Civil Veterinary Dept. Assam report 1927-50 - 1927-1950
Year: 1927
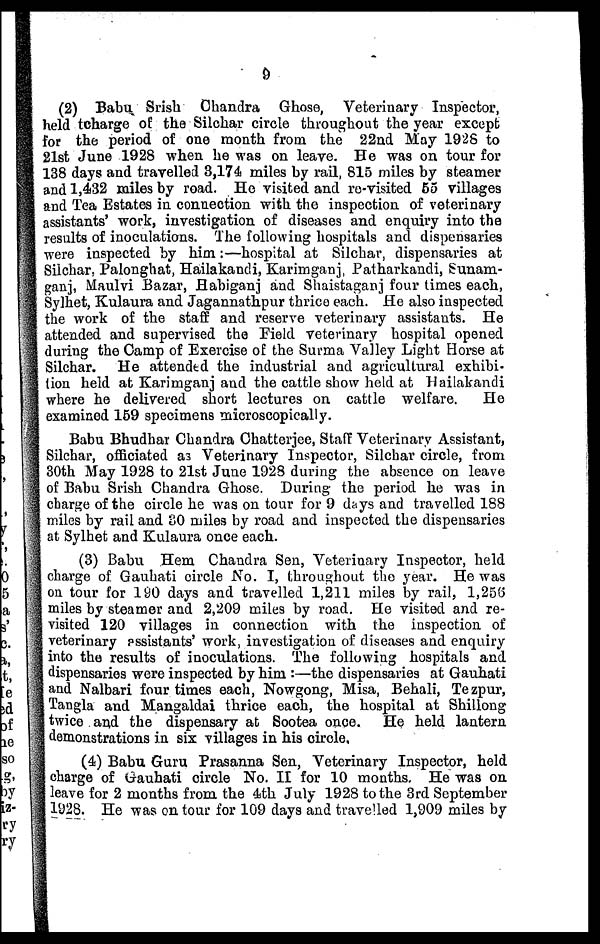
9
(2) Babu Srish Chandra Ghose, Veterinary Inspector,
held tcharge of the Silchar circle throughout the year except
for the period of one month from the 22nd May 1928 to
21st June 1928 when he was on leave. He was on tour for
138 days and travelled 3,174 miles by rail, 815 miles by steamer
and 1,432 miles by road. He visited and re-visited 55 villages
and Tea Estates in connection with the inspection of veterinary
assistants' work, investigation of diseases and enquiry into the
results of inoculations. The following hospitals and dispensaries
were inspected by him:—hospital at Silchar, dispensaries at
Silchar. Palonghat, Hailakandi, Karimganj, Patharkandi, Sunani-
ganj, Maulvi Bazar, Habiganj and Shaistaganj four times each,
Sylhet, Kulaura and Jagannathpur thrice each. He also inspected
the work of the staff and reserve veterinary assistants. He
attended and supervised the Field veterinary hospital opened
during the Camp of Exercise of the Surma Valley Light Horse at
Silchar. He attended the industrial and agricultural exhibi-
tion held at Karimganj and the cattle show held at Hailakandi
where he delivered short lectures on cattle welfare.
He
examined 159 specimens microscopically.
Babu Bhudhar Chandra Chatterjee, Staff Veterinary Assistant,
Silchar, officiated as Veterinary Inspector, Silchar circle, from
30th May 1928 to 21st June 1928 during the absence on leave
of Babu Srish Chandra Ghose. During the period he was in
charge of the circle he was on tour for 9 days and travelled 188
miles by rail and 30 miles by road and inspected the dispensaries
at Sylhet and Kulaura once each.
(3) Babu Hem Chandra Sen, Veterinary Inspector, held
charge of Gauhati circle No. I, throughout the year. He was
on tour for 190 days and travelled 1,211 miles by rail, 1,256
miles by steamer and 2,209 miles by road. He visited and re-
visited 120 villages in connection with the inspection of
veterinary assistants' work, investigation of diseases and enquiry
into the results of inoculations. The following hospitals and
dispensaries were inspected by him :—the dispensaries at Gauhati
and Nalbari four times each, Nowgong, Misa, Behali, Tezpur,
Tangla and Mangaldai thrice each, the hospital at Shillong
twice and the dispensary at Sootea once. He held lantern
demonstrations in six villages in his circle,
(4) Babu Guru Prasanna Sen, Veterinary Inspector, held
charge of Gauhati circle No. II for 10 months. He was on
leave for 2 months from the 4th July 1928 to the 3rd September
1928. He was on tour for 109 days and travelled 1,909 miles by